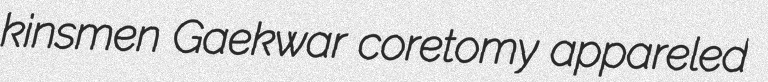
kinsmen Gaekwar coretomy appareled